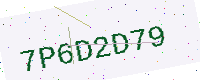
Text: 7P6D2D79